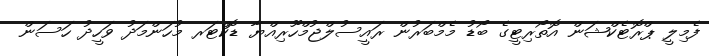
ފެމިލީ ޕްރޮޓެކްޝަން އޮތޯރިޓީގެ ބޯޑު މެމްބަރުން ރައީސުލްޖުމްހޫރިއްޔާ ޑޮކްޓަރ މުހަންމަދު ވަހީދު ހަސަން